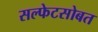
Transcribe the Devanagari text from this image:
सल्फेटसोबत